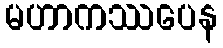
မဟာကဿပေန